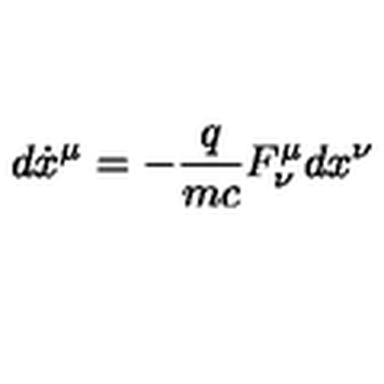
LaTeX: d \dot { x } ^ { \mu } = - \frac { q } { m c } F _ { \nu } ^ { \mu } d { x } ^ { \nu }